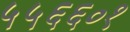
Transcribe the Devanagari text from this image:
५५६६०१